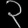
Digit: ၃